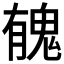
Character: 𩲾